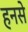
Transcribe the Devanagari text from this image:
हनसे